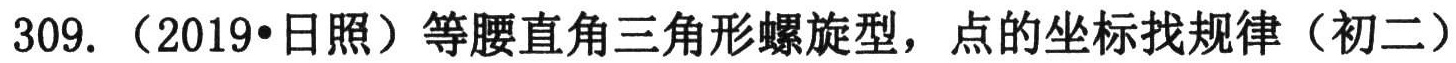
309. （2019•日照）等腰直角三角形螺旋型，点的坐标找规律（初二）